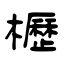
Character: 櫪